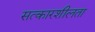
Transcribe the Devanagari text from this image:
सत्कारशीलता